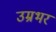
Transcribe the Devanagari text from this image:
उम्रभर